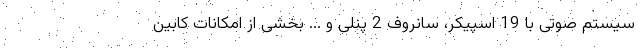
سیستم صوتی با 19 اسپیکر، سانروف 2 پنلی و ... بخشی از امکانات کابین